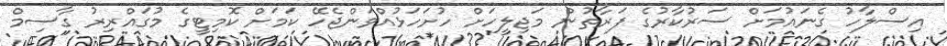
އިސްލާހު ގެނައުމަށް ސަރުކާރުގެ ފަރާތުން މަޖިލީހަށް ހުށަހަޅުއްވަންޖެހޭ ކަމަށް ކޮމިޓީގެ މުގައްރިރު ގާސިމް